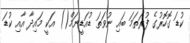
ކުޑަ ގޮހޮރުގެ ފުރަތަމަ ބައި ނުވަތަ ޑުއަޑީނަމް() އަކީ މައިދާ އާއި ކުޑަ